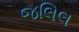
જલિલ